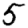
Digit: 5